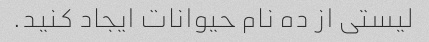
لیستی از ده نام حیوانات ایجاد کنید.